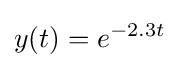
y(t)=e^{-2.3t}